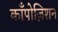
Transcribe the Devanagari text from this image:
काँपोज़िशन